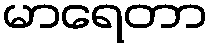
မာရေတာ